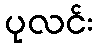
ပုလင်း